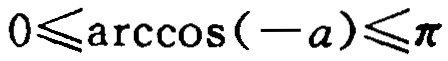
\(0\leqslant\arccos(-a)\leqslant\pi\)